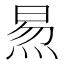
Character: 𬊙